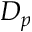
D _ { p }